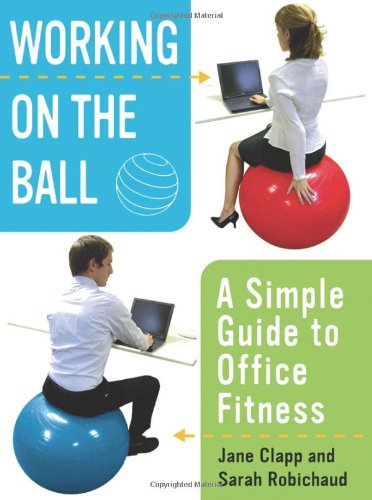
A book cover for Working On the Ball: A Simple Guide to Office Fitness; Jane Clapp; Business & Money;